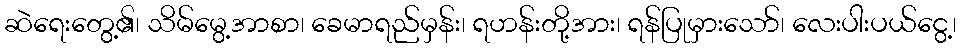
ဆဲရေးတွေ့၏၊ သိမ်မွေ့အာစာ၊ ခေမာရည်မှန်း၊ ရဟန်းတို့အား၊ ရန်ပြုမှားသော်၊ လေးပါးပယ်ငွေ့၊